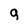
Character: g